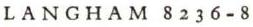
LANGHAM 8236-8